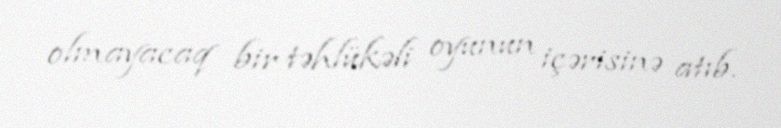
olmayacaq bir təhlükəli oyunun içərisinə atıb.